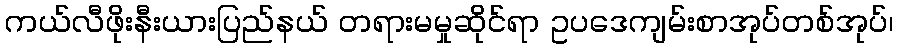
ကယ်လီဖိုးနီးယားပြည်နယ် တရားမမှုဆိုင်ရာ ဥပဒေကျမ်းစာအုပ်တစ်အုပ်၊